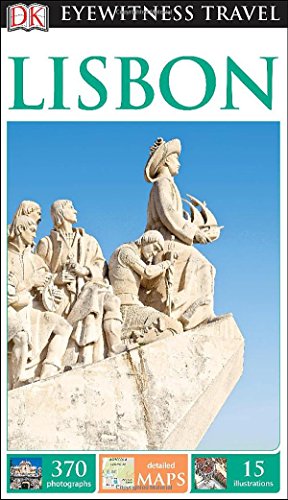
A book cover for DK Eyewitness Travel Guide: Lisbon; DK Publishing; Travel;